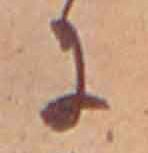
に